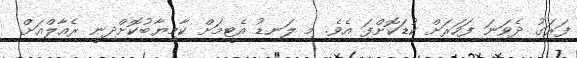
ފަރަގު ދެވަނަ ފަހަރަށް ކުޑަކޮށްފަ އެވެ. މި ލަނޑު އެޓީމަށް ކާމިޔާބުކޮށްދިނީ ރެއާލްއަށް